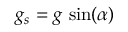
g _ { s } = g \, \sin ( \alpha )